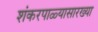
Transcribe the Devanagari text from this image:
शंकरपाळ्यासारख्या